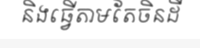
និងធ្វើតាមតែចិនដី